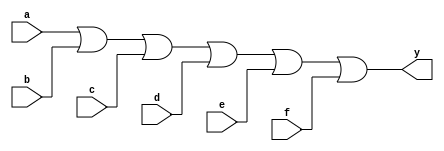
`timescale 1ns / 1ps
//////////////////////////////////////////////////////////////////////////////////
// Module Name: xup_or6
//////////////////////////////////////////////////////////////////////////////////
module xup_or6 #(parameter DELAY = 3)(
    input a,
    input b,
    input c,
    input d,
    input e,
    input f,
    output y
    );
    
    or #DELAY (y,a,b,c,d,e,f);
    
endmodule